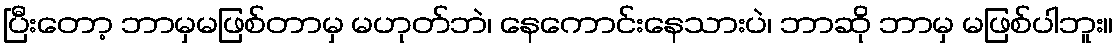
ပြီးတော့ ဘာမှမဖြစ်တာမှ မဟုတ်ဘဲ၊ နေကောင်းနေသားပဲ၊ ဘာဆို ဘာမှ မဖြစ်ပါဘူး။